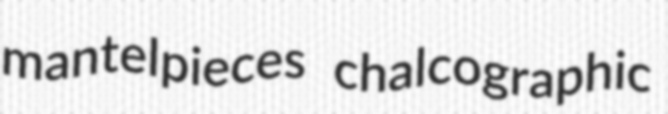
mantelpieces chalcographic